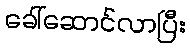
ခေါ်ဆောင်လာပြီး